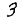
Digit: 3